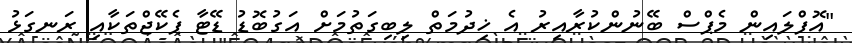
"އޮފްލައިން މެޕްސް ބޭނުންކުރާއިރު އެ ޚިދުމަތް ލިބިގަތުމަށް އަގުބޮޑު ޑޭޓާ ޕެކޭޖްތަކާއި ރަނގަޅު